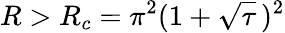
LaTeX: R>R_{c}=\pi^{2}(1+\sqrt{\tau}\, )^{2}